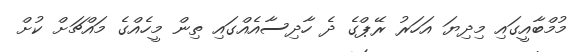
މުމްބާއީގައި މިދިޔަ އަހަރު ރޭޕްގެ ދެ ހާދިސާއެއްގައި ތިން މީހެއްގެ މައްޗަށް ކުށް